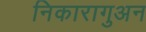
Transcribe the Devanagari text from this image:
निकारागुअन